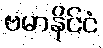
ဗမာနိုင်ငံ